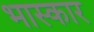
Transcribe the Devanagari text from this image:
भास्कार